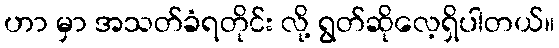
ဟာ မှာ အသတ်ခံရတိုင်း လို့ ရွတ်ဆိုလေ့ရှိပါတယ်။